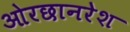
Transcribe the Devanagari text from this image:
ओरछानरेश